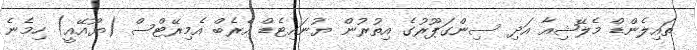
ތައިލެންޑް މެލޭޝިއާ އަދި ސިންގަޕޫރުގެ އިތުރުން ޔުނައިޓެޑް އެރެބް އެމިރޭޓްސް (ޔޫއޭއީ) ހިމެނެ